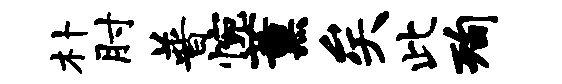
朴肘普惋薰矣此洵